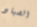
الصياد